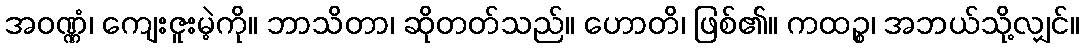
အဝဏ္ဏံ၊ ကျေးဇူးမဲ့ကို။ ဘာသိတာ၊ ဆိုတတ်သည်။ ဟောတိ၊ ဖြစ်၏။ ကထဉ္စ၊ အဘယ်သို့လျှင်။